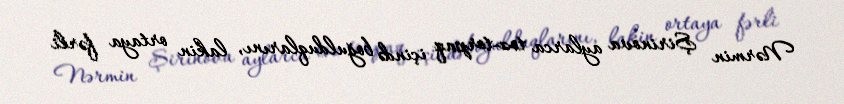
Nərmin Şirinova aylarca toz-torpaq içində boğulduqlarını, lakin ortaya fərli